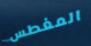
المغطس